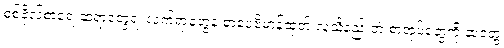
စစ်ဗိုလ်စာရေးဆရာတွေရဲ့ လက်ရာတွေနဲ့ စာပေဗိမာန်ထုတ် လူသိနည်းတဲ့ စာအုပ်တွေကို ဆုတွေ